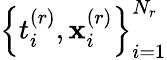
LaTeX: \left\{ {t}_{i}^{(r)},{\mathbf x}_{i}^{(r)}\right\} _{i=1}^{N_{r}}